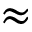
\approx